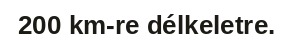
200 km-re délkeletre.